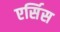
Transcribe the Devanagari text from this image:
एर्सिस